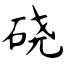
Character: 硗